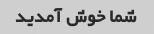
شما خوش آمدید